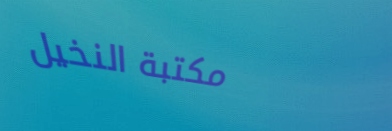
مكتبة النخيل